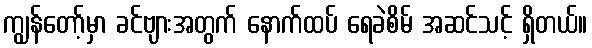
ကျွန်တော့်မှာ ခင်ဗျားအတွက် နောက်ထပ် ရေခဲစိမ် အဆင်သင့် ရှိတယ်။